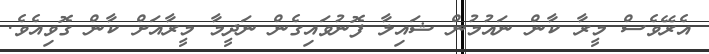
އެރޭވެސް މީރާ ކާން ނައުމުން ޝައިލާ ފޮނުވައިގެން ނަދީމާ މީރާއަށް ކާން ގޮވިއެވެ.